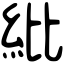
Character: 紕